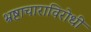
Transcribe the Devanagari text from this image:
भ्रष्टाचाराविरोधी